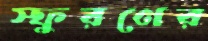
স্ফুরণের